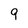
Character: 9